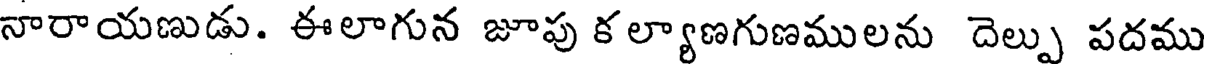
నారాయణుడు. ఈలాగున జూపు క ల్యాణగుణములను దెల్పు పదము